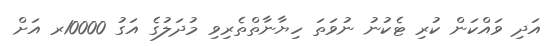
އަދި ވައްކަން ކުރި ޓެކުނު ނުވަތަ ހިޔާނާތްތެރިވި މުދަލުގެ އަގު 10000ރ އަށް